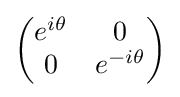
{\begin{pmatrix}e^{i\theta }&0\\0&e^{-i\theta }\end{pmatrix}}